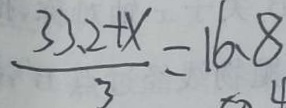
\frac { 3 3 . 2 + x } { 3 } = 1 6 . 8